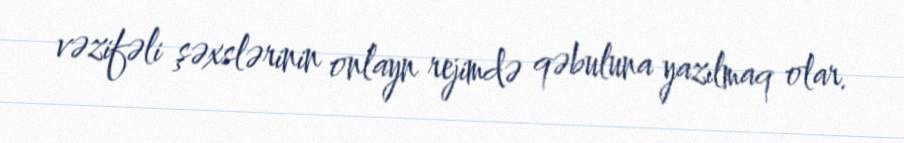
vəzifəli şəxslərinin onlayn rejimdə qəbuluna yazılmaq olar.